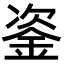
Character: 𨦠